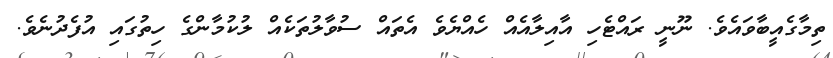
ތިމާގެއީބާވައެވެ. ނޫނީ ރައްޓެހި އާއިލާއެއް ހެއްޔެވެ އެތައް ސުވާލުތަކެއް ލުކުމާންގެ ހިތުގައި އުފެދުނެވެ.